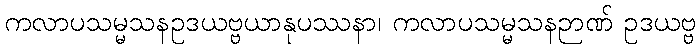
ကလာပသမ္မသနဥဒယဗ္ဗယာနုပဿနာ၊ ကလာပသမ္မသနဉာဏ် ဥဒယဗ္ဗ